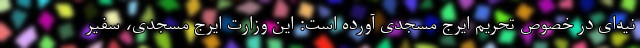
نیه‌ای در خصوص تحریم ایرج مسجدی آورده است: این وزارت ایرج مسجدی، سفیر